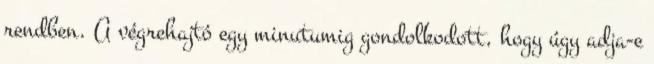
rendben. A végrehajtó egy minutumig gondolkodott, hogy úgy adja-e